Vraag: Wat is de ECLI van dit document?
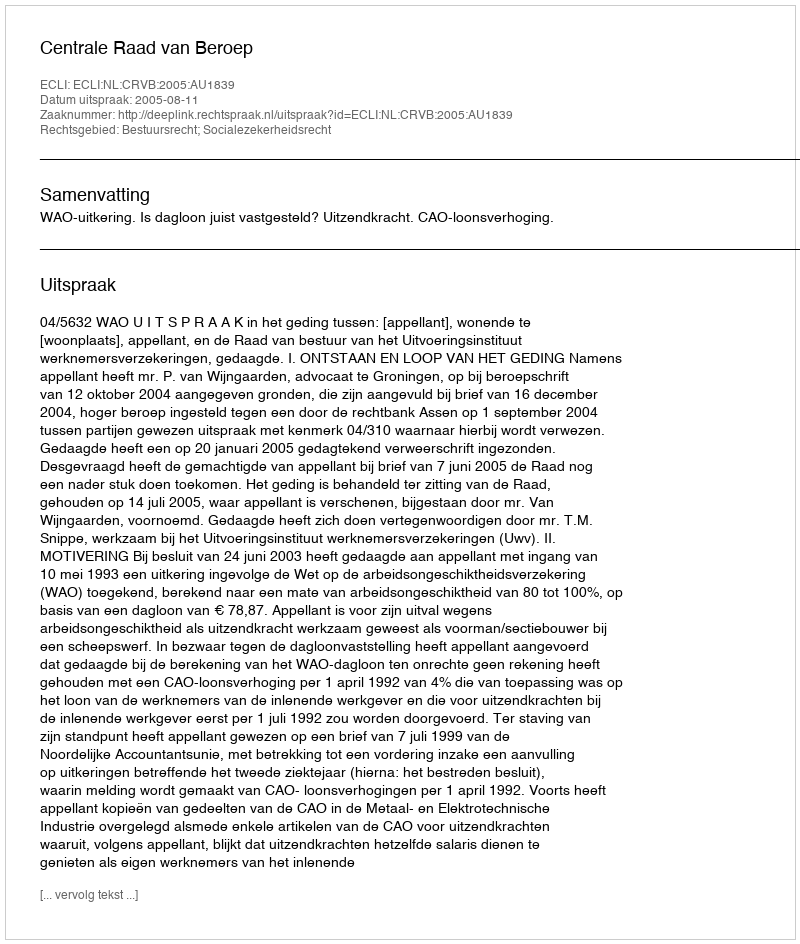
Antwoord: ECLI:NL:CRVB:2005:AU1839